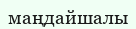
маңдайшалы